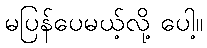
မပြန်ပေမယ့်လို့ ပေါ့။